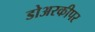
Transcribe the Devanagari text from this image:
डोअरकीपर